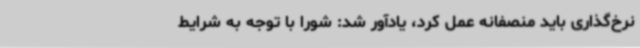
نرخ‌گذاری باید منصفانه عمل کرد، یادآور شد: شورا با توجه به شرایط